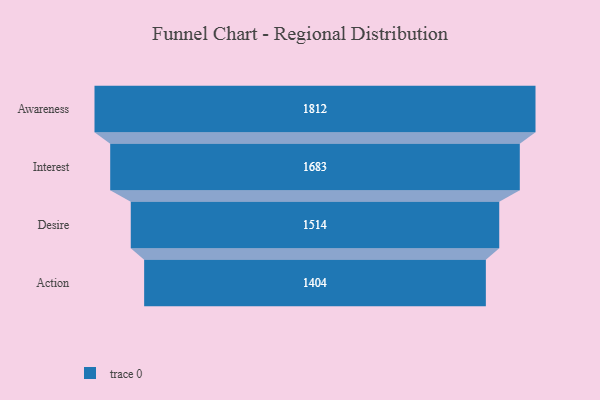
{"axis": {"x": "Stage", "y": "Value"}, "legend": [""], "data": [{"x": "Awareness", "y": 1812.0, "type": ""}, {"x": "Interest", "y": 1683.0, "type": ""}, {"x": "Desire", "y": 1514.0, "type": ""}, {"x": "Action", "y": 1404.0, "type": ""}]}